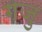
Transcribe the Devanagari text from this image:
गजु